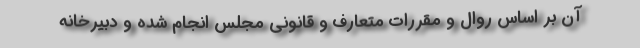
آن بر اساس روال و مقررات متعارف و قانونی مجلس انجام شده و دبیرخانه